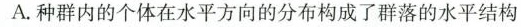
A.种群内的个体在水平方向的分布构成了群落的水平结构